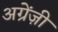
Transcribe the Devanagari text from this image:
अग्रेंज़ी